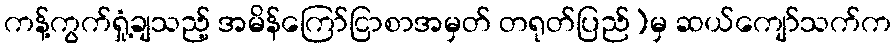
ကန့်ကွက်ရှုံ့ချသည့် အမိန်ကြော်ငြာစာအမှတ် တရုတ်ပြည်)မှ ဆယ်ကျော်သက်က